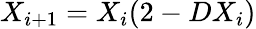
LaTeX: X_{i+1}=X_{i}(2-DX_{i})